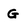
Character: G